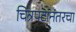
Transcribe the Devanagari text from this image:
चित्रपटांनंतरचा